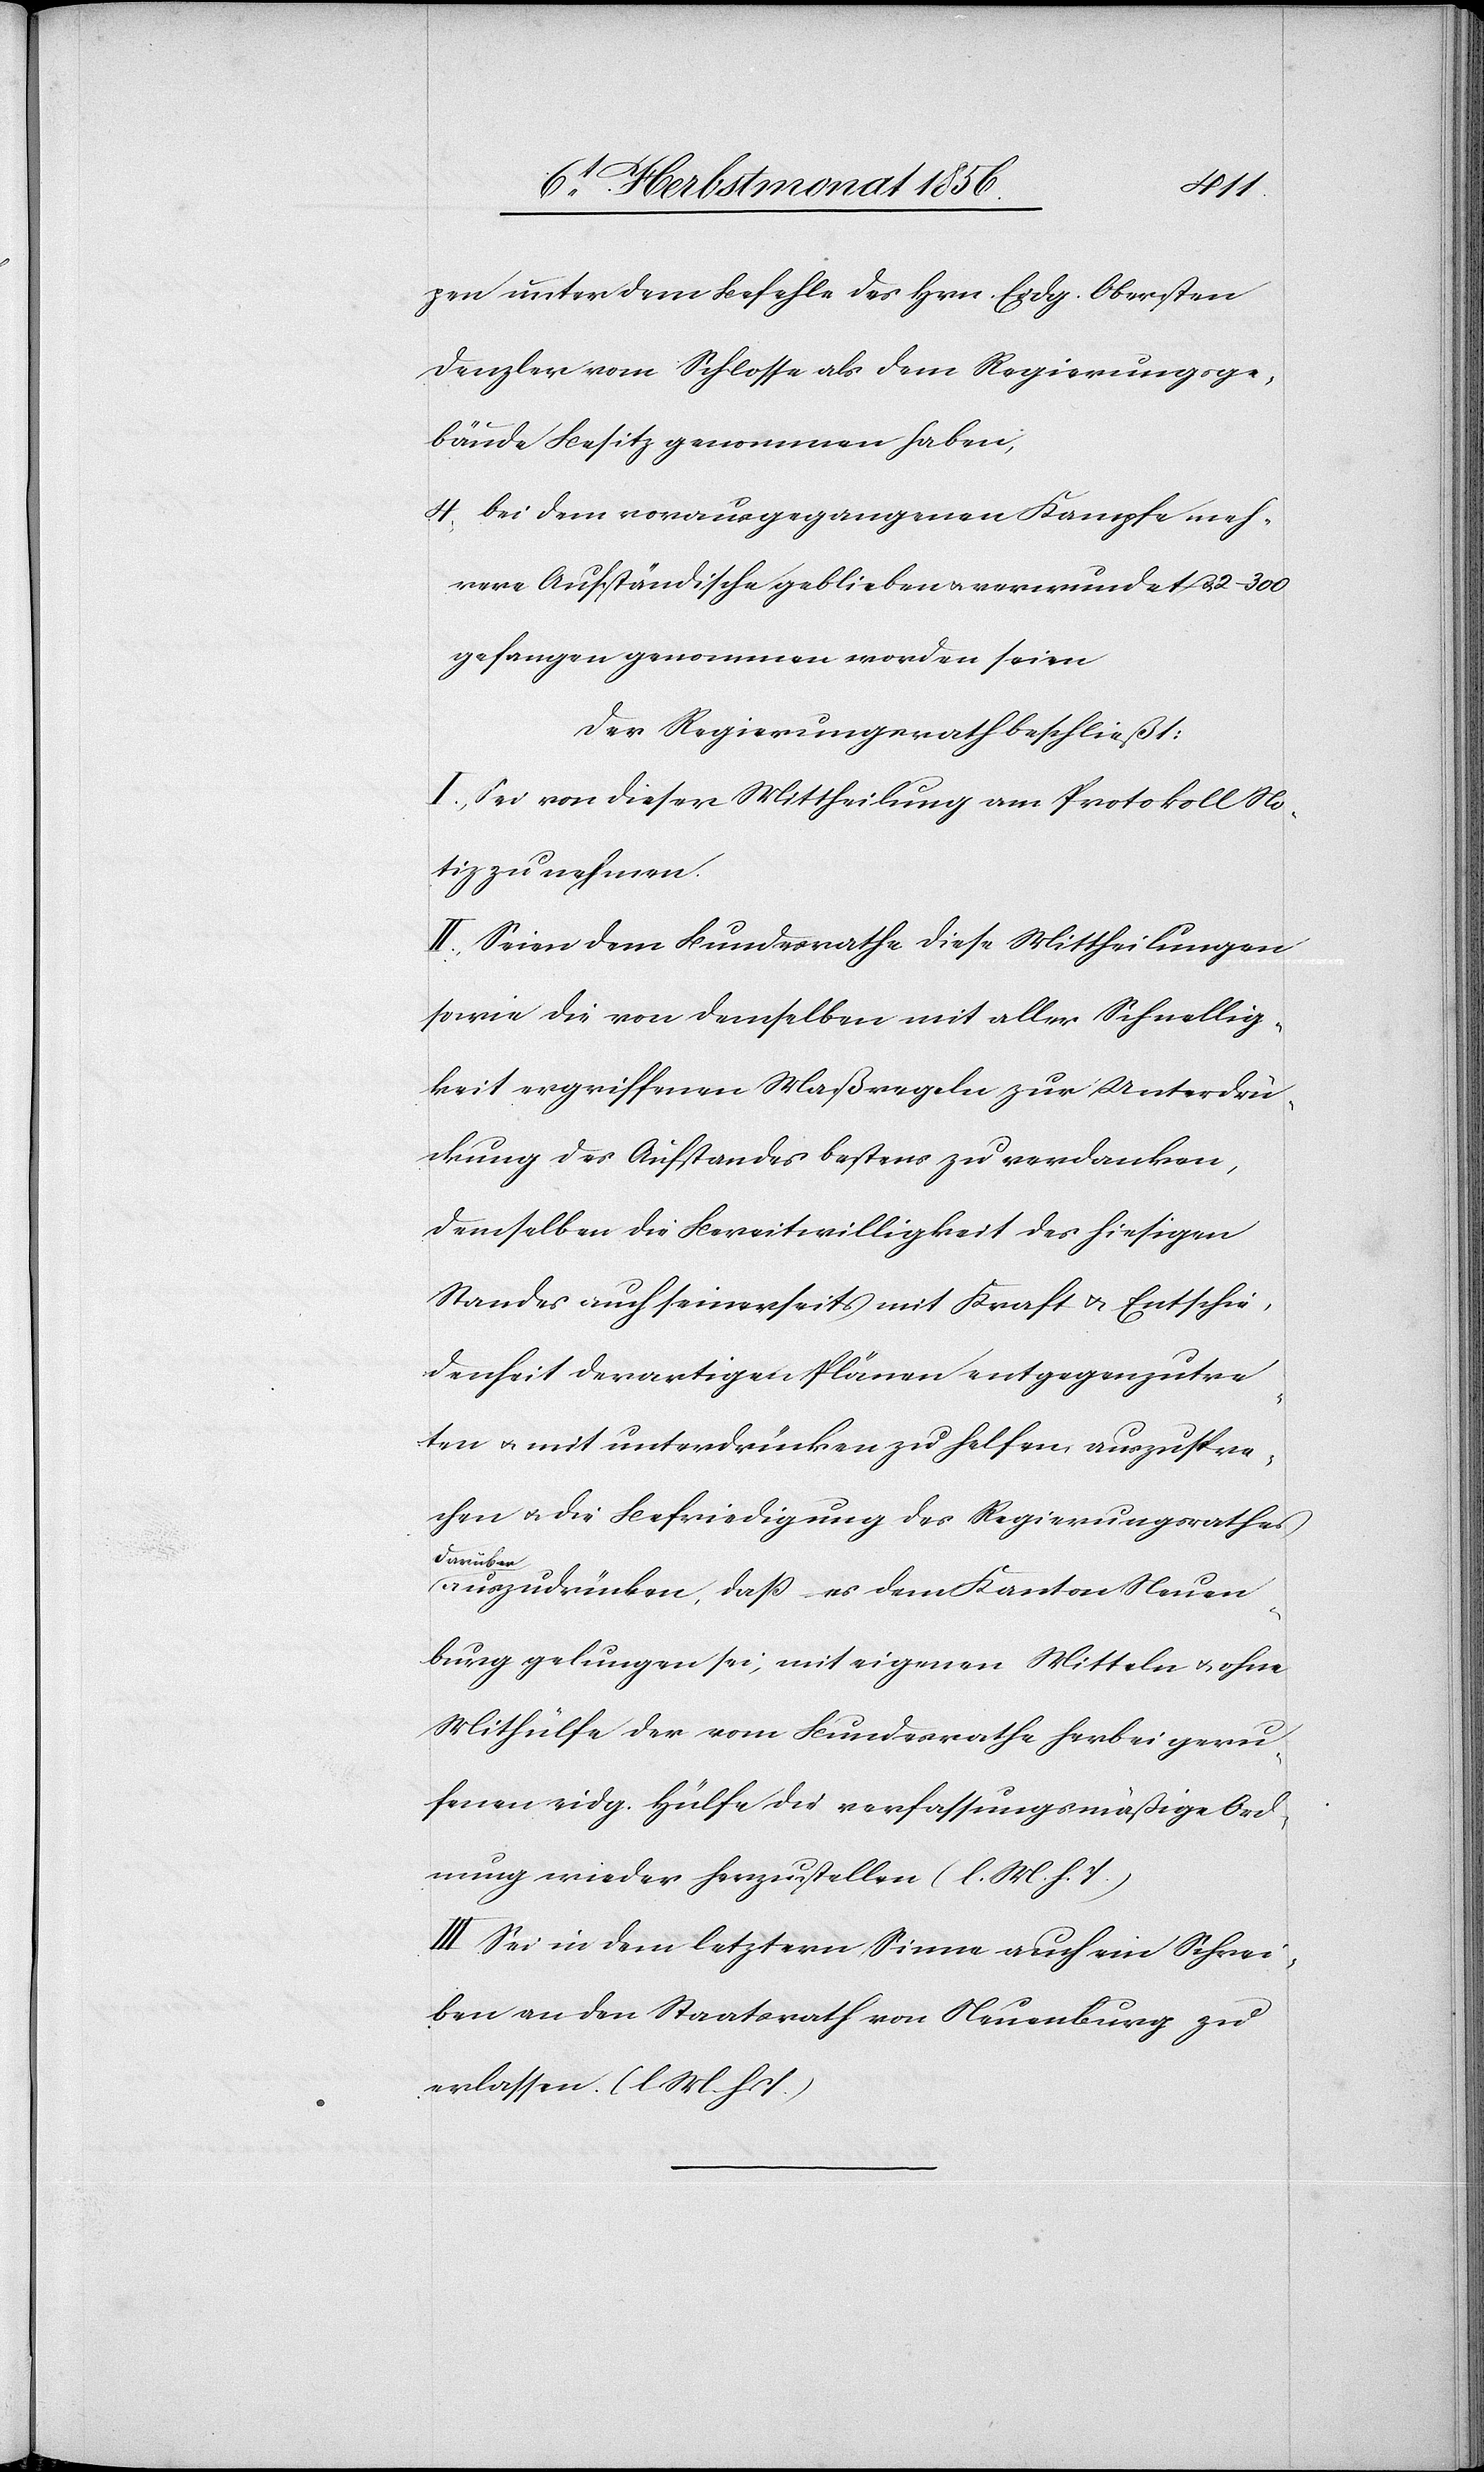
pen unter dem Befehle des Hrn. Eidg. Obersten
Denzler vom Schlosse als dem Regierungsge¬
bäude Besitz genommen haben,
4.) bei dem vorausgegangenen Kampfe meh¬
rere Aufständische geblieben u. verwundet u. 2–300
gefangen genommen worden seien
Der Regierungsrath beschließt:
I.) Sei von dieser Mittheilung am Protokoll No¬
tiz zu nehmen.
II.) Seien dem Bundesrathe diese Mittheilungen
sowie die von demselben mit aller Schnellig¬
keit ergriffenen Maßregeln zur Unterdrü¬
ckung des Aufstandes bestens zu verdanken,
demselben die Bereitwilligkeit des hiesigen
Standes auch seinerseits mit Kraft u. Entschie¬
denheit derartigen Plänen entgegenzutre¬
ten u. mit unterdrücken zu helfen auszuspre¬
chen u. die Befriedigung des Regierungsrathes
a-darüber-a
auszudrücken, dass es dem Kanton Neuen¬
burg gelungen sei, mit eigenen Mitteln u. ohne
Mithülfe der vom Bundesrathe herbei geru¬
fenen eidg. Hülfe die verfassungsmäßige Ord¬
nung wieder herzustellen (l. M. h. T.)
III.) Sei in dem letztern Sinne auch ein Schrei¬
ben an den Staatsrath von Neuenburg zu
erlassen. (l M. h. T.)